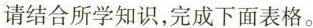
请结合所学知识，完成下面表格。